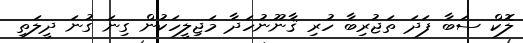
ލޮކް ސަބާ ފަދަ ތަޖުރިބާ ހުރި ޤާނޫނުހަދާ މަޖިލީހަކުން ގިނަ ގުނަ ދީލަތި